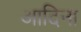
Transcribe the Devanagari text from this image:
आदिना